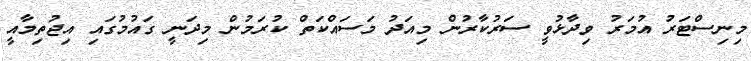
މިނިސްޓަރު އުމަރު ވިދާޅުވީ ސަރުކާރުން މިއަދު މަސައްކަތް ކުރަމުން މިދަނީ ގައުމުގައި އިޖުތިމާއީ